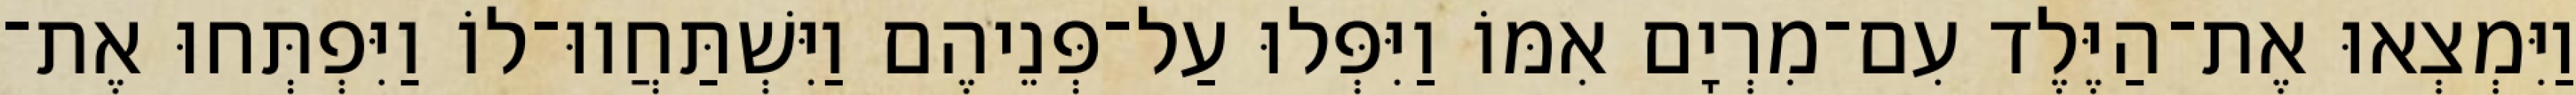
וַיִּמְצְאוּ אֶת־הַיֶּלֶד עִם־מִרְיָם אִמּוֹ וַיִּפְּלוּ עַל־פְּנֵיהֶם וַיִּשְׁתַּחֲווּ־לוֹ וַיִּפְתְּחוּ אֶת־